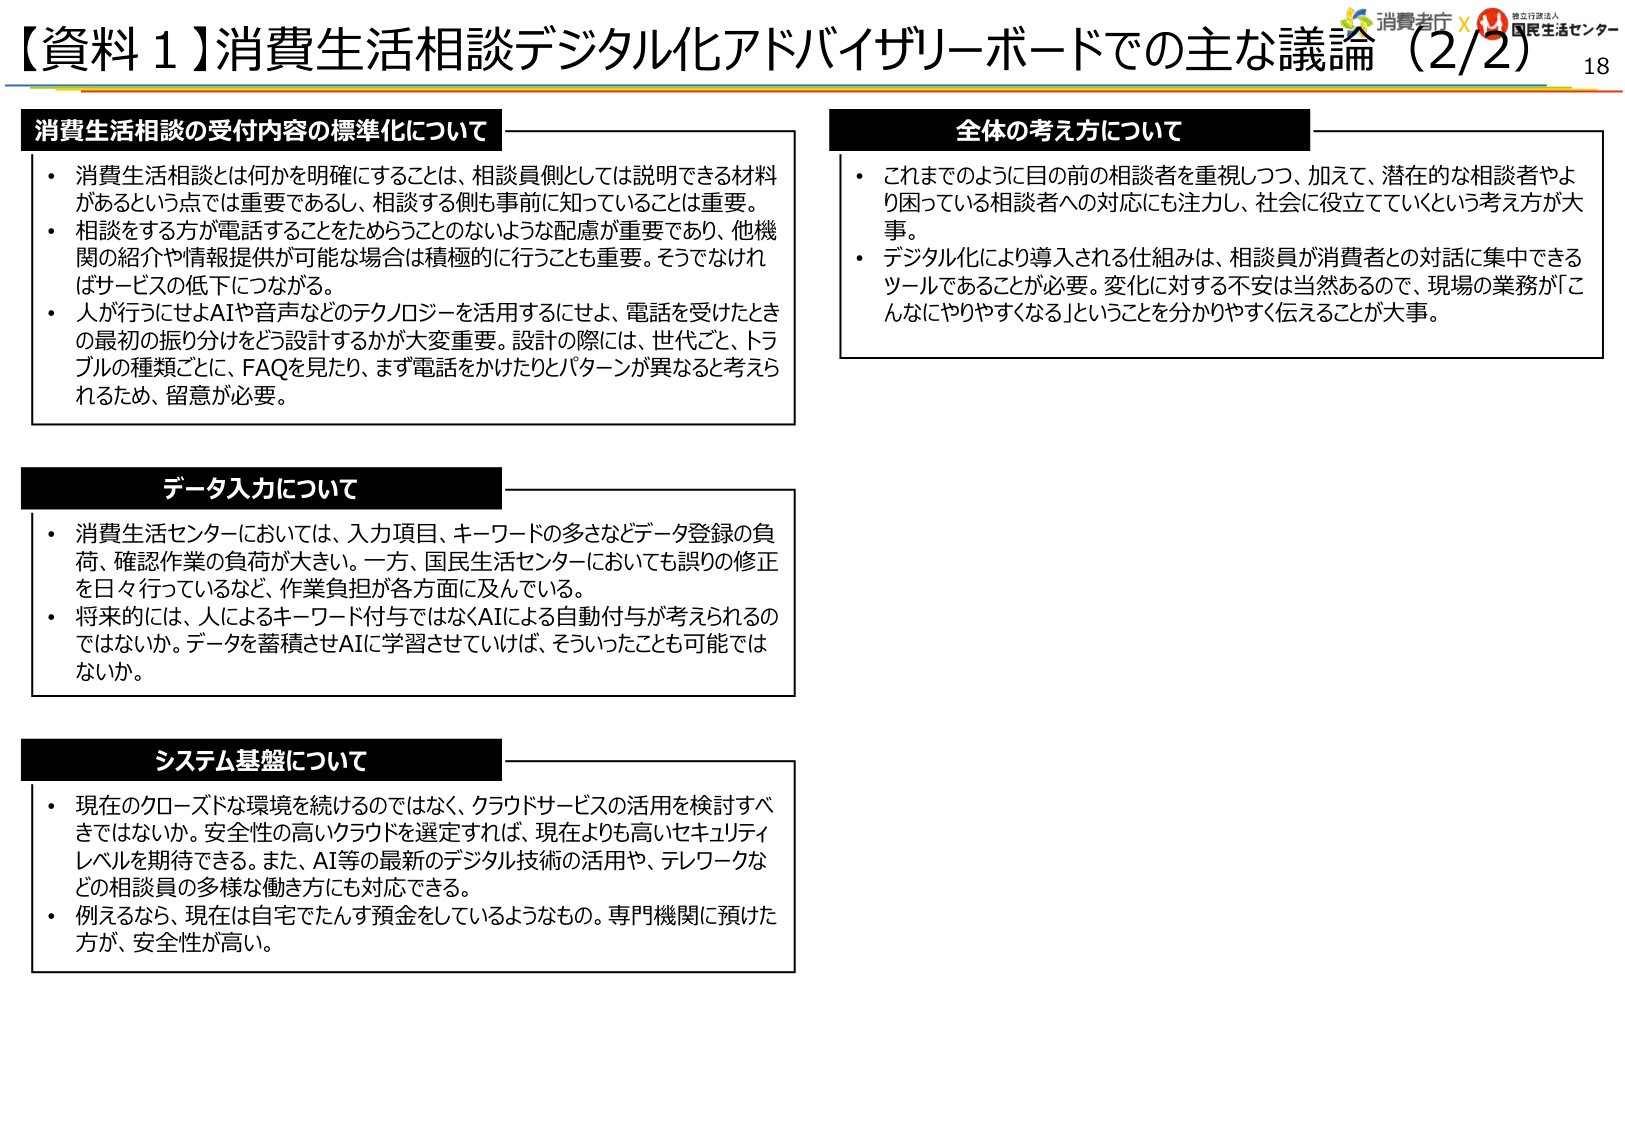
【資料1】消費生活相談デジタル化アドバイザリーボードでの主な議論（2/2） 18

消費生活相談の受付内容の標準化について
・消費生活相談とは何かを明確にすることは、相談員側としては説明できる材料があるという点では重要であるし、相談する側も事前に知っていることは重要。
・相談をする方が電話することをためらうことのないような配慮が重要であり、他機関の紹介や情報提供が可能な場合も積極的に行うことも重要。そうでなければサービスの低下につながる。
・人が行うにせよAIや音声などのテクノロジーを活用するにせよ、電話を受けたときの最初の振り分けをどう設計するかが大変重要。設計の際には、世代ごと、トラブルの種類ごとに、FAQを見たり、まず電話をかけたりとパターンが異なると考えられるため、留意が必要。

全体の考え方について
・これまでのように目の前の相談者を重視しつつ、加えて、潜在的な相談者やより困っている相談者への対応にも注力し、社会に役立てていくという考え方が大事。
・デジタル化により導入される仕組みは、相談員が消費者との対話に集中できるツールであることが必要。変化に対する不安は当然あるので、現場の業務が「こんなにやりやすくなる」ということを分かりやすく伝えることが大事。

データ入力について
・消費生活センターにおいては、入力項目、キーワードの多さなどデータ登録の負荷、確認作業の負荷が大きい。一方、国民生活センターにおいても誤りの修正を日々行っているな、作業負担が各方面に及んでいる。
・将来的には、人によるキーワード付与ではなくAIによる自動付与が考えられるのではないか。データを蓄積させAIに学習させていれば、そういったことも可能ではないか。

システム基盤について
・現在のクローズドな環境を続けるのではなく、クラウドサービスの活用を検討すべきではないか。安全性の高いクラウドを選定すれば、現在よりも高いセキュリティレベルを期待できる。また、AI等の最新のデジタル技術の活用や、テレワークなどの相談員の多様な働き方にも対応できる。
・例えるなら、現在は自宅でたんす預金をしているようなもの。専門機関に預けた方が、安全性が高い。

消費者庁 × 国民生活センター